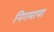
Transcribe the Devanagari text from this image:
निगमापा